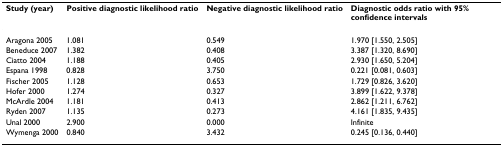
| Study (year) | Positive diagnostic likelihood ratio | Negative diagnostic likelihood ratio | Diagnostic odds ratio with 95% confidence intervals |
 | --- | --- | --- | --- |
 | Aragona 2005 | 1.081 | 0.549 | 1.970 [1.550, 2.505] |
 | Beneduce 2007 | 1.382 | 0.408 | 3.387 [1.320, 8.690] |
 | Ciatto 2004 | 1.188 | 0.405 | 2.930 [1.650, 5.204] |
 | Espana 1998 | 0.828 | 3.750 | 0.221 [0.081, 0.603] |
 | Fischer 2005 | 1.128 | 0.653 | 1.729 [0.826, 3.620] |
 | Hofer 2000 | 1.274 | 0.327 | 3.899 [1.622, 9.378] |
 | McArdle 2004 | 1.181 | 0.413 | 2.862 [1.211, 6.762] |
 | Ryden 2007 | 1.135 | 0.273 | 4.161 [1.835, 9.435] |
 | Unal 2000 | 2.900 | 0.000 | Infinite |
 | Wymenga 2000 | 0.840 | 3.432 | 0.245 [0.136, 0.440] |